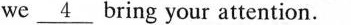
we\underline{4}bring your attention.